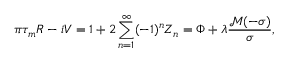
\pi \tau _ { m } R - i V = 1 + 2 \sum _ { n = 1 } ^ { \infty } ( - 1 ) ^ { n } Z _ { n } = \Phi + \lambda \frac { \mathcal M ( - \sigma ) } \sigma ,